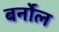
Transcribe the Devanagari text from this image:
बर्नोल